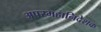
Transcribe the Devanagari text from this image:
अपरमहानिदेशक